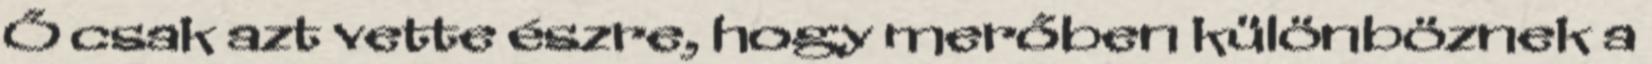
Ő csak azt vette észre, hogy merőben különböznek a